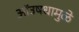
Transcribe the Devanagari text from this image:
ऑउषधामुळे